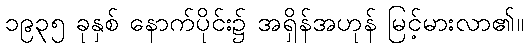
၁၉၃၅ ခုနှစ် နောက်ပိုင်း၌ အရှိန်အဟုန် မြင့်မားလာ၏။